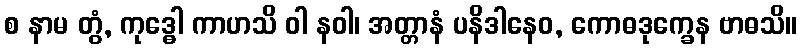
စ နာမ တွံ, ကုဒ္ဓေါ ကာဟသိ ဝါ နဝါ၊ အတ္တာနံ ပနိဒါနေဝ, ကောဓဒုက္ခေန ဗာဓသိ။